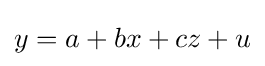
y=a+bx+cz+u